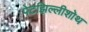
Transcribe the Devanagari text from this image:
पेटझिल्लीशोथ